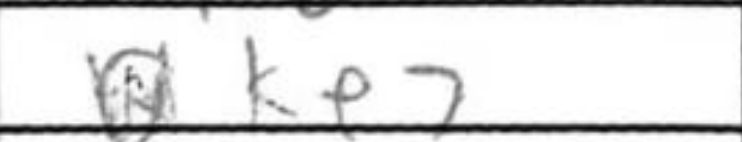
Transcription: Ke7